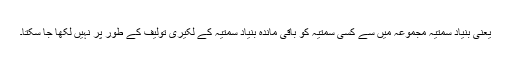
یعنی بنیاد سمتیہ مجموعہ میں سے کسی سمتیہ کو باقی ماندہ بنیاد سمتیہ کے لکیری تولیف کے طور پر نہیں لکھا جا سکتا۔